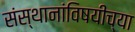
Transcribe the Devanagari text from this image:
संस्थानांविषयीच्या